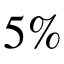
5 \%